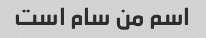
اسم من سام است